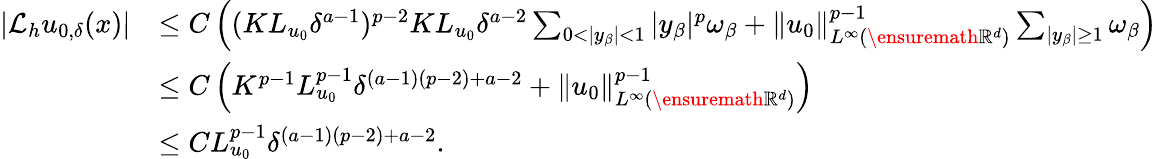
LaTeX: \begin{array}{rl}{|\mathcal{L}_{h}u_{0,\delta}(x)|}&{\leq C\left((KL_{u_{0}}\delta^{a-1})^{p-2}KL_{u_{0}}\delta^{a-2}\sum_{0<|y_{\beta}|<1}|y_{\beta}|^{p}\omega_{\beta}+\| u_{0}\| _{L^{\infty}(\ensuremath{\mathbb{R}}^{d})}^{p-1}\sum_{|y_{\beta}|\geq 1}\omega_{\beta}\right)}\\ &{\leq C\left(K^{p-1}L_{u_{0}}^{p-1}\delta^{(a-1)(p-2)+a-2}+\| u_{0}\| _{L^{\infty}(\ensuremath{\mathbb{R}}^{d})}^{p-1}\right)}\\ &{\leq CL_{u_{0}}^{p-1}\delta^{(a-1)(p-2)+a-2}.}\end{array}